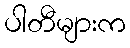
ပါတီများက